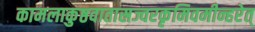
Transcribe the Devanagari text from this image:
कामलाकुष्ठवातास्रज्वरकृमिवमीन्हरेत्